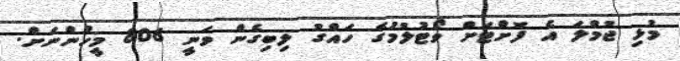
މުޅި ޖުމްލަ އެ ފޮށްޓަށް ވޯޓުލުމުގެ ހައްގު ލިބިގެން ވަނީ 806 މީހުންނަށް.